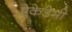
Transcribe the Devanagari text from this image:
ऐकेडेमी